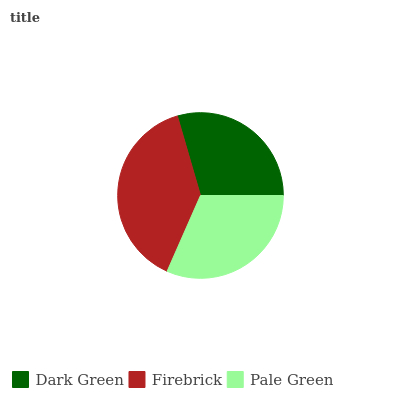
| Dark Green | Firebrick | Pale Green |
 | --- | --- | --- |
 | 29.5% | 38.9% | 31.7% |